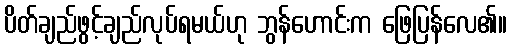
ပိတ်ချည်ဖွင့်ချည်လုပ်ရမယ်ဟု ဘွန်ဟောင်းက ဖြေပြန်လေ၏။